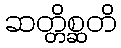
ဆတ္တိစ္ဆတိ